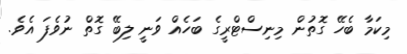
މިކަމާ ބެހޭ ގޮތުން މިނިސްޓްރީގެ ބަހެއް ވަނީ ލިބޭ ގޮތް ނުވެފަ އެވެ.